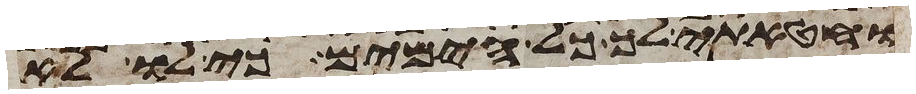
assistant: וחטאתי לך כל הימים כי לו לא